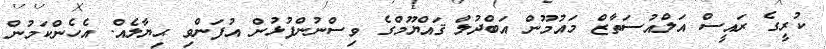
ކުރީގެ ރައީސް އަލްއުސަތާޒް މައުމޫން އަބްދުލް ޤައްޔޫމްގެ ވިސްނުންފުޅުން އުފަންވި ޙިޔާލެއް. އެހެންކަމުން